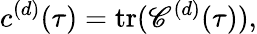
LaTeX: c^{(d)}(\tau)=\mathrm{tr}(\mathscr{C}^{(d)}(\tau)),